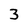
Character: 3